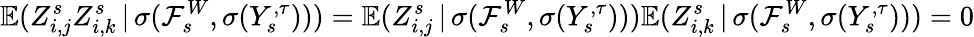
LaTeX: \mathbb{E}(Z_{i,j}^{s}Z_{i,k}^{s}\, |\, \sigma(\mathcal{F}_{s}^{W},\sigma(Y_{s}^{,\tau})))=\mathbb{E}(Z_{i,j}^{s}\, |\, \sigma(\mathcal{F}_{s}^{W},\sigma(Y_{s}^{,\tau})))\mathbb{E}(Z_{i,k}^{s}\, |\, \sigma(\mathcal{F}_{s}^{W},\sigma(Y_{s}^{,\tau})))=0